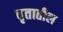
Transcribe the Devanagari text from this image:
वृतातील